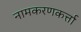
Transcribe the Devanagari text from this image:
नामकरणकर्त्ता